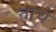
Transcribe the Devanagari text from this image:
ताचे